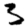
Digit: 5